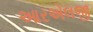
આરએલજી